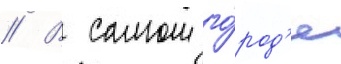
// В самом го́род'е